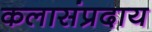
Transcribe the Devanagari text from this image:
कलासंप्रदाय